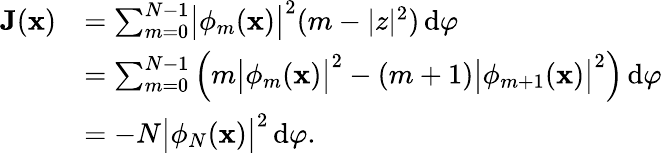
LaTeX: \begin{array}{rl}{\textbf J(\textbf x)}&{=\sum_{m=0}^{N-1}\bigl|\phi_{m}(\textbf x)\bigr|^{2}(m-|z|^{2})\, \mathrm{d}\varphi}\\ &{=\sum_{m=0}^{N-1}\Big(m\bigl|\phi_{m}(\textbf x)\bigr|^{2}-(m+1)\bigl|\phi_{m+1}(\textbf x)\bigr|^{2}\Big)\, \mathrm{d}\varphi}\\ &{=-N\bigl|\phi_{N}(\textbf x)\bigr|^{2}\, \mathrm{d}\varphi.}\end{array}